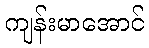
ကျန်းမာအောင်